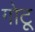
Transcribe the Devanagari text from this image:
गोटू